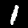
Label: 1